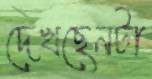
দেখছেনটা